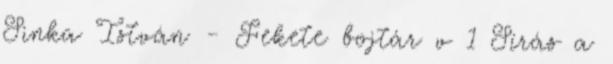
Sinka István - Fekete bojtár v 1 Sírás a